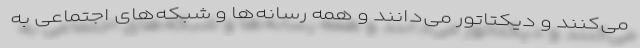
می‌کنند و دیکتاتور می‌دانند و همه رسانه‌ها و شبکه‌های اجتماعی به